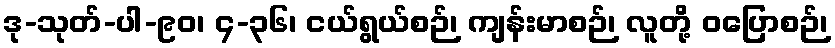
ဒု-သုတ်-ပါ-၉၀၊ ၄-၃၆၊ ငယ်ရွယ်စဉ်၊ ကျန်းမာစဉ်၊ လူတို့ ဝပြောစဉ်၊